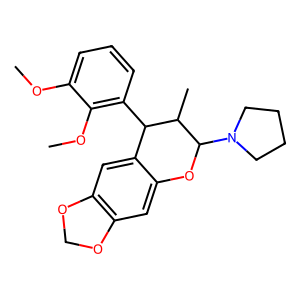
SMILES: COc1cccc(C2c3cc4c(cc3OC(N3CCCC3)C2C)OCO4)c1OC
Inhibits HIV replication: No